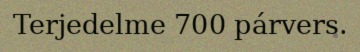
Terjedelme 700 párvers.